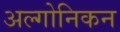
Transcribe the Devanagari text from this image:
अल्गोनिकन